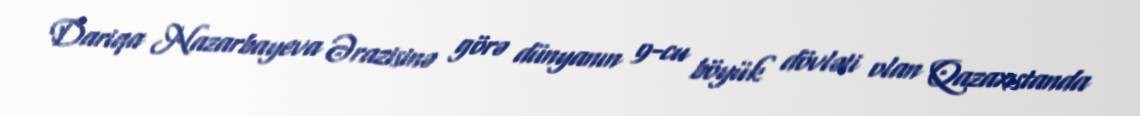
Dariqa Nazarbayeva Ərazisinə görə dünyanın 9-cu böyük dövləti olan Qazaxıstanda